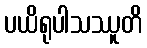
ပယိရုပါသဿူတိ